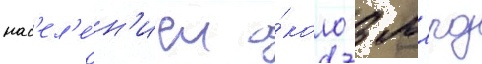
нас'ел'е́н'ием о́коло 3 млрд